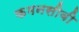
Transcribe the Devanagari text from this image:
कमनसीबी